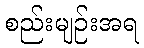
စည်းမျဉ်းအရ